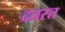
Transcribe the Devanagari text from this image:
दतरत